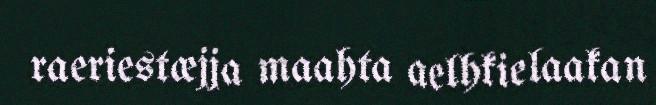
raeriestæjja maahta aelhkielaakan